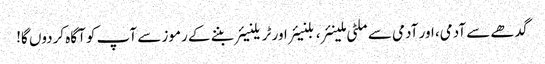
گدھے سے آدمی، اور آدمی سے ملٹی ملینئر، بلنیئر اور ٹریلنیئر بننے کے رموز سے آپ کو آگاہ کردوں گا!